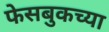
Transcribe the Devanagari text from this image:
फेसबुकच्या